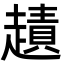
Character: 䟄